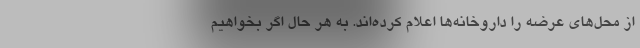
از محل‌های عرضه را داروخانه‌ها اعلام کرده‌اند. به هر حال اگر بخواهیم